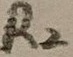
Text: R2